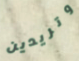
وتريدين